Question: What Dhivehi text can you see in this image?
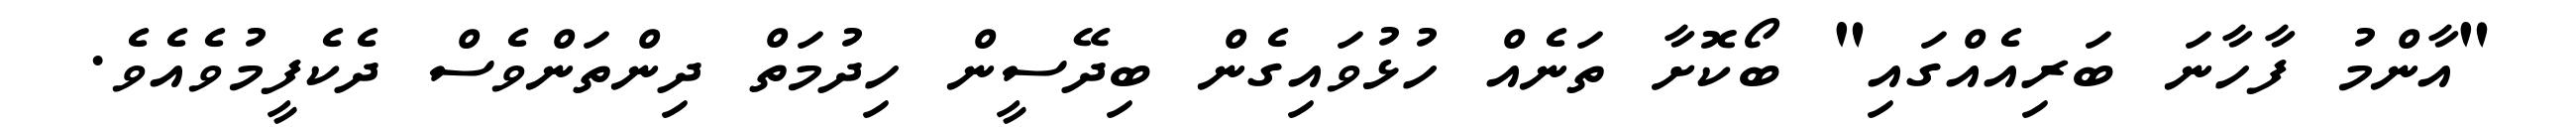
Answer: "އާންމު ފާހާނަ ބަރިއެއްގައި" ބޯކޮށާ ތަނެއް ހުޅުވައިގެން ބިދޭސީން ހިދުމަތް ދިންތަންވެސް ދެކެފީމުވެއެވެ.